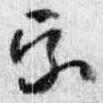
宗